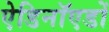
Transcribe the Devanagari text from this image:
ऐडिनॉएडों